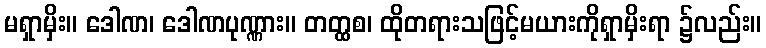
မရှာမှိး။ ဒေါဏ၊ ဒေါဏပုဏ္ဏား။ တတ္ထစ၊ ထိုတရားသဖြင့်မယားကိုရှာမှိးရာ ၌လည်း။